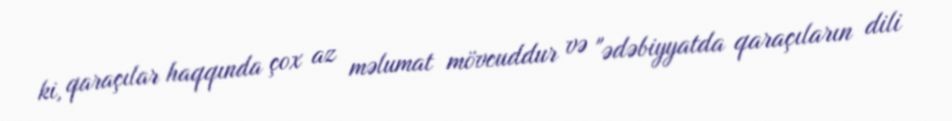
ki, qaraçılar haqqında çox az məlumat mövcuddur və "ədəbiyyatda qaraçıların dili